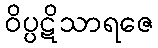
ဝိပ္ပဋိသာရဇေ